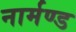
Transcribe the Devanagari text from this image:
नार्मण्ड